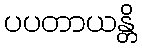
ပပတာယန္တိ